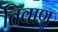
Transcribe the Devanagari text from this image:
तिवाण